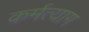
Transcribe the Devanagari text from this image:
कर्मत्याग